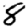
Digit: 8